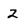
Character: 2